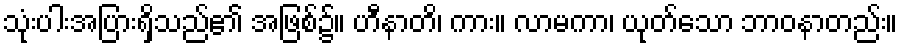
သုံးပါးအပြားရှိသည်၏ အဖြစ်၌။ ဟီနာတိ၊ ကား။ လာမကာ၊ ယုတ်သော ဘာဝနာတည်း။